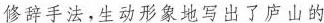
修辞手法，生动形象地写出了庐山的